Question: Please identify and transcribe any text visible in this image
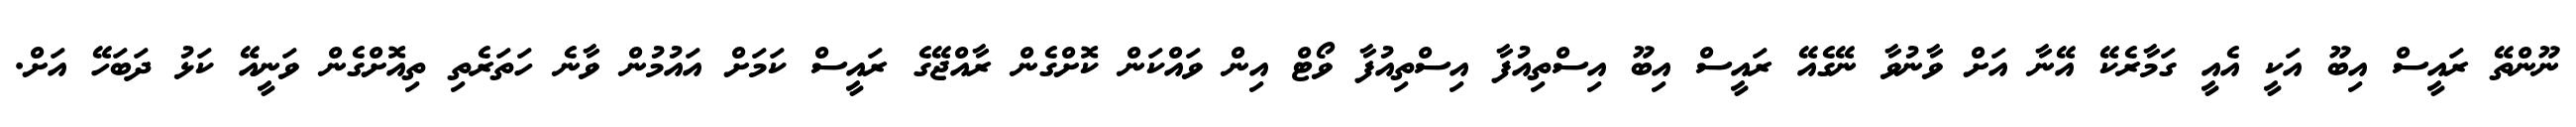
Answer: ނޫންތޭ ރައީސް އިބޫ އަކީ އެއީ ގަމާރެކޭ އޭނާ އަށް ވާނުވާ ނޭގެއޭ ރައީސް އިބޫ އިސްތިއުފާ އިސްތިއުފާ ވޯޓް އިން ވައްކަން ކޮށްގެން ރާއްޖޭގެ ރައީސް ކަމަށް އައުމުން ވާނެ ހަތަރެތި ތިއޮށްގެން ވަނީއޭ ކަޅު ދަބަހޭ އަށް.